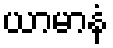
ယာမာနံ